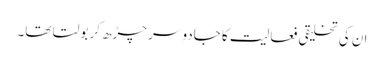
ان کی تخلیقی فعالیت کا جادو سر چڑھ کر بولتا تھا۔